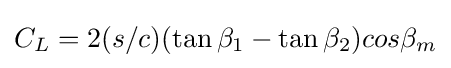
C_{L}=2(s/c)(\tan \beta _{1}-\tan \beta _{2})cos\beta _{m}